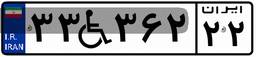
۳۳W۳۶۲۲۲